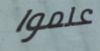
علموا